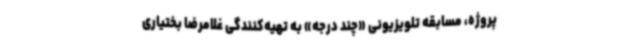
پروژه، مسابقه تلویزیونی «چند درجه» به تهیه‌کنندگی غلامرضا بختیاری